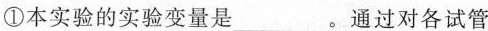
①本实验的实验变量是___。通过对各试管